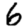
Digit: 6